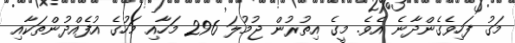
މަގު ފަހިވެގެންދާނެ އެވެ. މީގެ އިތުރުން ޖުމުލަ 296 މަހާއި މަހުގެ އުފެއްދުންތަކާއި